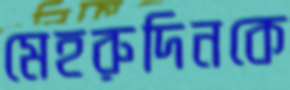
মেহরুদিনকে